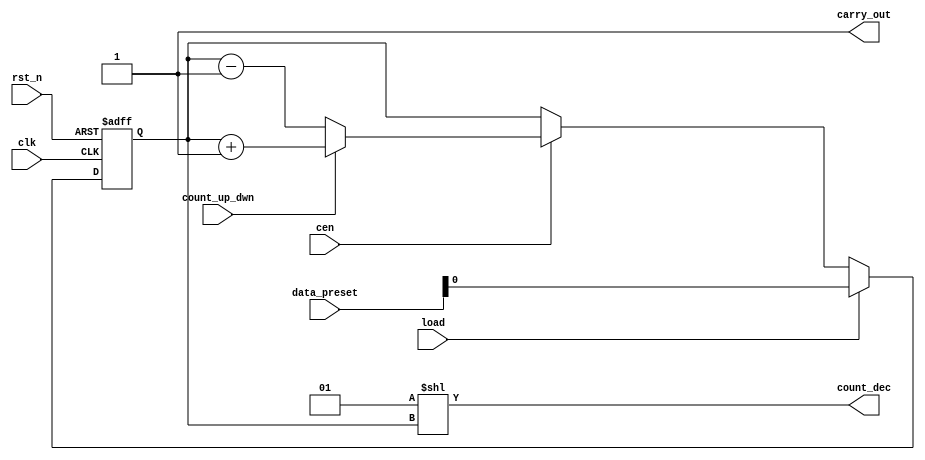
module DW03_bictr_decode #(
parameter WIDTH           = 'd8           // numar de biti ai numaratorului
) (
input                     clk           , // semnal de ceas
input                     rst_n         , // semnal de reset asincron, activ low
input                     count_up_dwn  ,
input                     cen           ,
input                     load          , // comanda presetare, activa high, 
                                          // prioritara fata de numarare
input      [WIDTH  -1:0]  data_preset   , // data presetare
output     [1<<WIDTH -1:0]  count_dec     , // iesire numarator
output                    carry_out       // transport de iesire
);
reg counter_out ;
always @(posedge clk or negedge rst_n) 
if (~rst_n  )   counter_out <= {WIDTH{1'b0}}; else  // resetare asincrona
if (load    )   counter_out <= data_preset; else
if (cen == 1)   begin 
if (count_up_dwn == 1)   counter_out <= counter_out + 1; 
else counter_out <= counter_out - 1; // presetare
end 
assign count_dec = 1<<counter_out;


assign carry_out = (1<<WIDTH) - 1;  // valoarea curenta este cea maxima, 11...1

endmodule